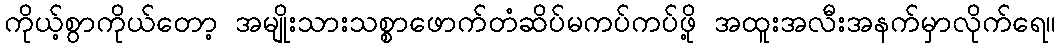
ကိုယ့်စွာကိုယ်တော့ အမျိုးသားသစ္စာဖောက်တံဆိပ်မကပ်ကပ်ဖို့ အထူးအလီးအနက်မှာလိုက်ရေ။